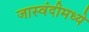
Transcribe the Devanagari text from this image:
जास्वंदीमध्ये